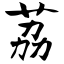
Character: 荔